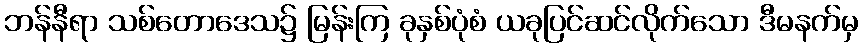
ဘန်နီရာ သစ်တောဒေသ၌ မြန်းကြ ခုနှစ်ပုံစံ ယခုပြင်ဆင်လိုက်သော ဒီမနက်မှ